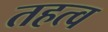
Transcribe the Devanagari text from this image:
तहत्व